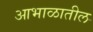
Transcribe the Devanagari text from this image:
आभाळातील